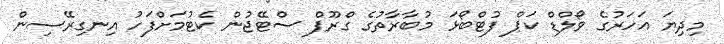
މިދިޔަ އަހަރުގެ ވޯލްޑް ކަޕް ފުޓްބޯޅަ މުބާރާތުގެ ގްރޫޕް ސްޓޭޖުން ކެޓުމަށްފަހު އިނގިރޭސިން